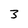
Character: 3